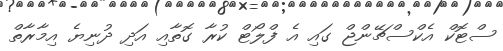
ސްޓޮކް އެކްސްޗޭންޖް ގައި އެ ފްލޯޓް ކުރާ ގޮތާއި އަދި ދުނިޔެ އިމާރާތް